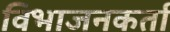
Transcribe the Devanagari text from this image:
विभाजनकर्ता